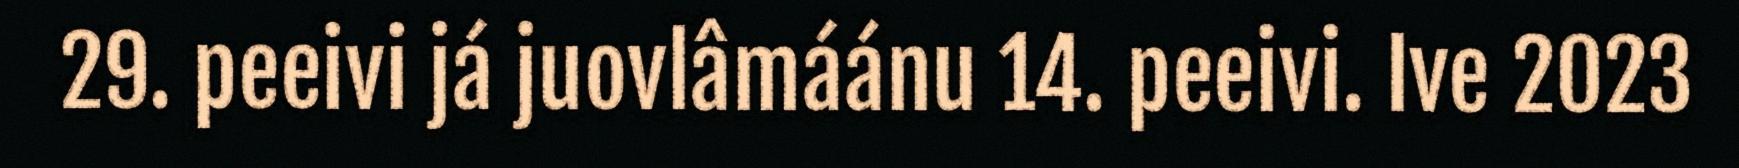
29. peeivi já juovlâmáánu 14. peeivi. Ive 2023